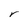
Character: r